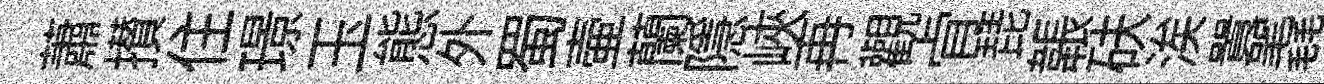
蕭攅住璟玉態外蜀壷蘭隱峽再觀肻琵韔砆涘囂毳